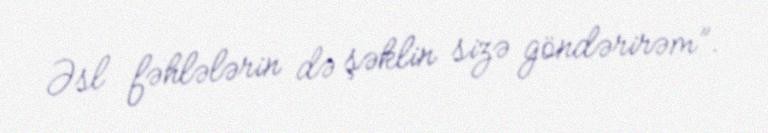
Əsl fəhlələrin də şəklin sizə göndərirəm”.